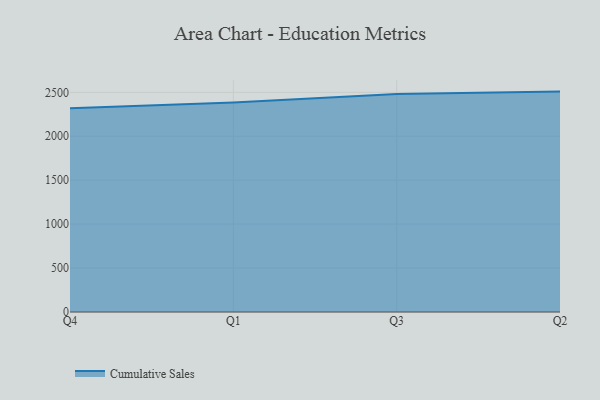
{"axis": {"x": "Quarter", "y": "Latency (ms)"}, "legend": ["Cumulative Sales"], "data": [{"x": "Q4", "y": 2320.1, "type": "Cumulative Sales"}, {"x": "Q1", "y": 2383.0, "type": "Cumulative Sales"}, {"x": "Q3", "y": 2481.5, "type": "Cumulative Sales"}, {"x": "Q2", "y": 2508.4, "type": "Cumulative Sales"}]}